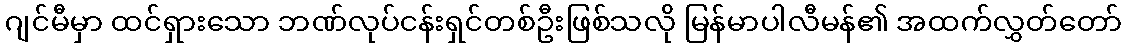
ဂျင်မီမှာ ထင်ရှားသော ဘဏ်လုပ်ငန်းရှင်တစ်ဦးဖြစ်သလို မြန်မာပါလီမန်၏ အထက်လွှတ်တော်